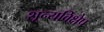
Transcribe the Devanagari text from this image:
शून्यविक्षेप